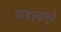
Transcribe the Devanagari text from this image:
धाडल्यामुळे